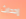
إحداث